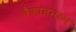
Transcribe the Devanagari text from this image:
वैक्रांतभस्म